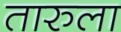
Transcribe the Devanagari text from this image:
तारुला